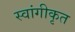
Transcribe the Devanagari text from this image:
स्वांगीकृत